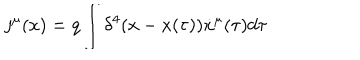
j ^ { \mu } ( x ) = q \int { \delta ^ { 4 } ( x - x ( \tau ) ) \dot { x } ^ { \mu } ( \tau ) d \tau }